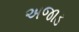
અજાડ